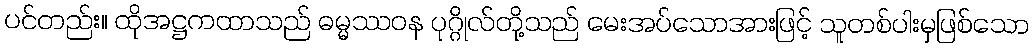
ပင်တည်း။ ထိုအဋ္ဌကထာသည် ဓမ္မဿဝန ပုဂ္ဂိုလ်တို့သည် မေးအပ်သောအားဖြင့် သူတစ်ပါးမှဖြစ်သော